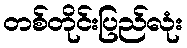
တစ်တိုင်းပြည်လုံး